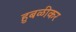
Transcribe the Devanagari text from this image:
हुबळीकर